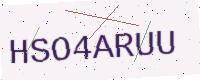
Text: HSO4ARUU